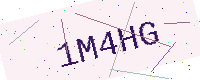
Text: 1M4HG